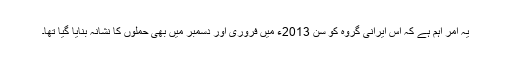
یہ امر اہم ہے کہ اس ایرانی گروہ کو سن 2013ء میں فروری اور دسمبر میں بھی حملوں کا نشانہ بنایا گیا تھا۔